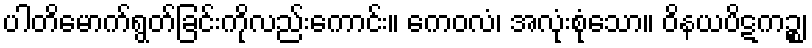
ပါတိမောက်ရွတ်ခြင်းကိုလည်းကောင်း။ ကေဝလံ၊ အလုံးစုံသော။ ဝိနယပိဋကဉ္စ၊